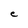
Character: e